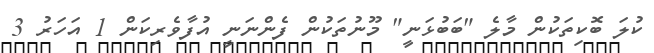
ކުލަ ބޮކިތަކުން މާލެ "ބަބުޅަނީ" މޫނުތަކުން ފެންނަނީ އުފާވެރިކަން 1 އަހަރު 3